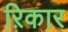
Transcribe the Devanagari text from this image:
ऱिकार